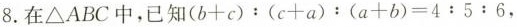
8.在△ABC中,已知$$( b + c ) : ( c + a ) : ( a + b ) = 4 : 5 : 6$$，